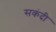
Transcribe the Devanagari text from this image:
सकंदी